Lunatic asylums Burma 1922-24 - 1922-1924
Year: 1922
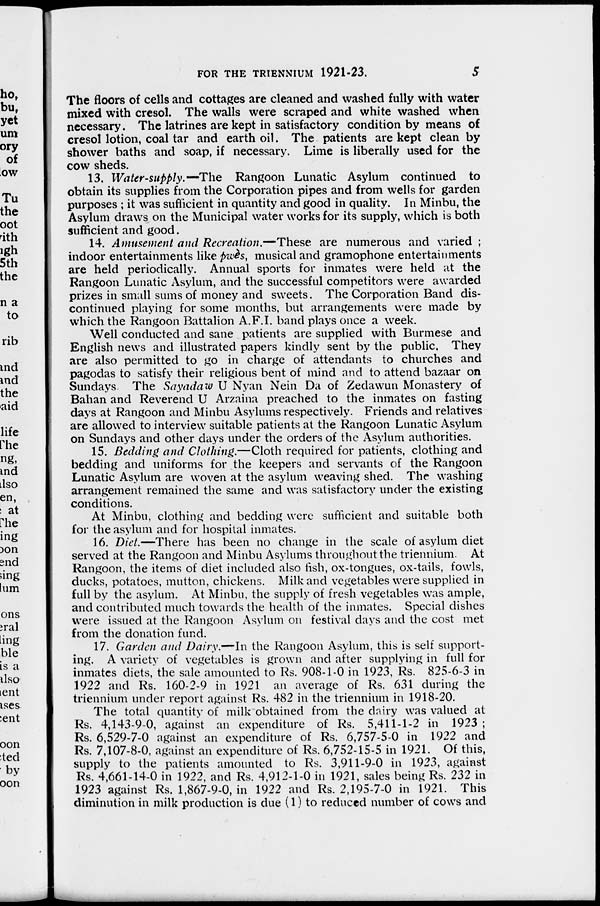
FOR THE TRIENNIUM 1921-23.
5
The floors of cells and cottages are cleaned and washed fully with water
mixed with cresol. The walls were scraped and white washed when
necessary. The latrines are kept in satisfactory condition by means of
cresol lotion, coal tar and earth oil. The patients are kept clean by
shower baths and soap, if necessary. Lime is liberally used for the
cow sheds.
13. Water-supply.—The
Rangoon Lunatic Asylum continued to
obtain its supplies from the Corporation pipes and from wells for garden
purposes ; it was sufficient in quantity and good in quality. In Minbu, the
Asylum draws on the Municipal water works for its supply, which is both
sufficient and good.
14. Amusement and Recreation.—These are numerous and varied ;
indoor entertainments like pwès, musical and gramophone entertainments
are held periodically. Annual sports for inmates were held at the
Rangoon Lunatic Asylum, and the successful competitors were awarded
prizes in small sums of money and sweets. The Corporation Band dis-
continued playing for some months, but arrangements were made by
which the Rangoon Battalion A.F.I. band plays once a week.
Well conducted and sane patients are supplied with Burmese and
English news and illustrated papers kindly sent by the public. They
are also permitted to go in charge of attendants to churches and
pagodas to satisfy their religious bent of mind and to attend bazaar on
Sundays The Sayadaw U Nyan Nein Da of Zedawun Monastery of
Bahan and Reverend U Arzaina preached to the inmates on fasting
days at Rangoon and Minbu Asylums respectively. Friends and relatives
are allowed to interview suitable patients at the Rangoon Lunatic Asylum
on Sundays and other days under the orders of the Asylum authorities.
15. Bedding and Clothing.—Cloth required for patients, clothing and
bedding and uniforms for the keepers and servants of the Rangoon
Lunatic Asylum are woven at the asylum weaving shed. The washing
arrangement remained the same and was satisfactory under the existing
conditions.
At Minbu, clothing and bedding were sufficient and suitable both
for the asylum and for hospital inmates.
16. Diet.—There has been no change in the scale of asylum diet
served at the Rangoon and Minbu Asylums throughout the triennium. At
Rangoon, the items of diet included also fish, ox-tongues, ox-tails, fowls,
ducks, potatoes, mutton, chickens. Milk and vegetables were supplied in
full by the asylum. At Minbu, the supply of fresh vegetables was ample,
and contributed much towards the health of the inmates. Special dishes
were issued at the Rangoon Asylum on festival days and the cost met
from the donation fund.
17. Garden and Dairy.—In the Rangoon Asylum, this is self support-
ing. A variety of vegetables is grown and after supplying in full for
inmates diets, the sale amounted to Rs. 908-1-0 in 1923, Rs. 825-6-3 in
1922 and Rs. 160-2-9 in 1921 an average of Rs. 631 during the
triennium under report against Rs. 482 in the triennium in 1918-20.
The total quantity of milk obtained from the dairy was valued at
Rs. 4,143-9-0, against an expenditure of Rs. 5,411-1-2 in 1923 ;
Rs. 6,529-7-0 against an expenditure of Rs. 6,757-5-0 in 1922 and
Rs. 7,107-8-0, against an expenditure of Rs. 6,752-15-5 in 1921. Of this,
supply to the patients amounted to Rs. 3,911-9-0 in 1923, against
Rs. 4,661-14-0 in 1922, and Rs. 4,912-1-0 in 1921, sales being Rs. 232 in
1923 against Rs. 1,867-9-0, in 1922 and Rs. 2,195-7-0 in 1921. This
diminution in milk production is due (1) to reduced number of cows and